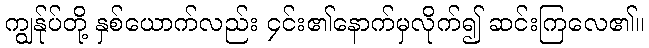
ကျွန်ုပ်တို့ နှစ်ယောက်လည်း ၄င်း၏နောက်မှလိုက်၍ ဆင်းကြလေ၏။